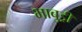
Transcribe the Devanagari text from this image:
भाबुड्री